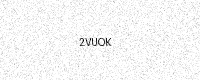
Text: 2VUOK